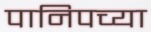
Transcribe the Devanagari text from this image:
पानिपच्या